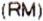
(RM)